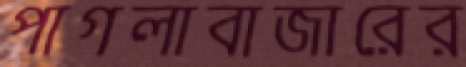
পাগলাবাজারের